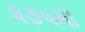
૨૭૫મો